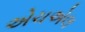
એચએલ